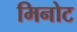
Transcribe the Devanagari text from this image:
मिनोट